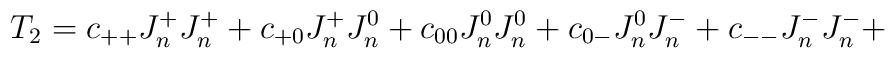
T_2 =  c_{++} J^+_n J^+_n  + c_{+0} J^+_n  J^0_n  + c_{00} J^0_n  J^0_n  + c_{0-} J^0_n  J^-_n  + c_{--} J^-_n  J^-_n  +